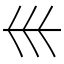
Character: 𡿧